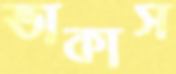
ভাকাস